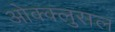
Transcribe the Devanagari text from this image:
ओक्क्लुसल